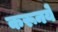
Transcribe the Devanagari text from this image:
करूनये